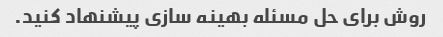
روش برای حل مسئله بهینه سازی پیشنهاد کنید.